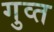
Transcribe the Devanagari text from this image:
गुव्त